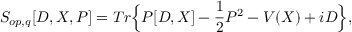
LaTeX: S _ { o p , q } [ D , X , P ] = T r \Big \{ P [ D , X ] - \frac { 1 } { 2 } P ^ { 2 } - V ( X ) + i D \Big \} ,